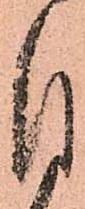
付